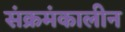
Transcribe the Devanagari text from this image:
संक्रमंकालीन